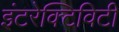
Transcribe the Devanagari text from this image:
इंटरेक्टिविटी